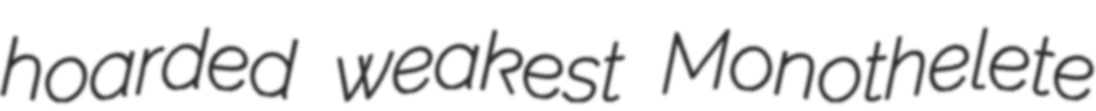
hoarded weakest Monothelete